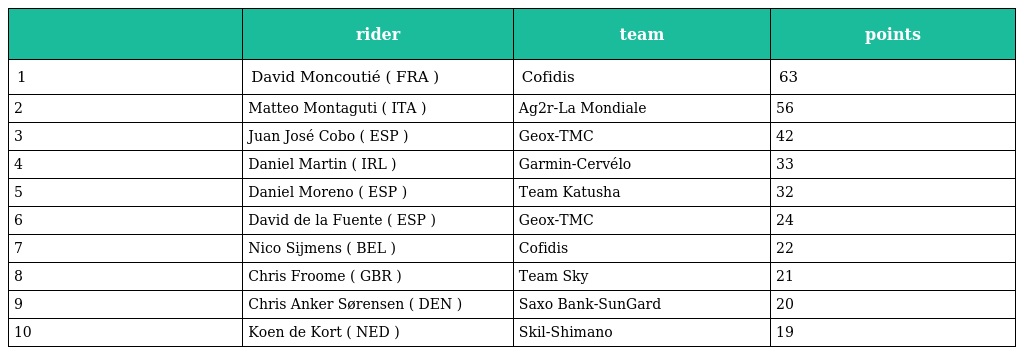
|  | rider | team | points |
 | --- | --- | --- | --- |
 | 1 | David Moncoutié ( FRA ) | Cofidis | 63 |
 | 2 | Matteo Montaguti ( ITA ) | Ag2r-La Mondiale | 56 |
 | 3 | Juan José Cobo ( ESP ) | Geox-TMC | 42 |
 | 4 | Daniel Martin ( IRL ) | Garmin-Cervélo | 33 |
 | 5 | Daniel Moreno ( ESP ) | Team Katusha | 32 |
 | 6 | David de la Fuente ( ESP ) | Geox-TMC | 24 |
 | 7 | Nico Sijmens ( BEL ) | Cofidis | 22 |
 | 8 | Chris Froome ( GBR ) | Team Sky | 21 |
 | 9 | Chris Anker Sørensen ( DEN ) | Saxo Bank-SunGard | 20 |
 | 10 | Koen de Kort ( NED ) | Skil-Shimano | 19 |